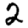
Digit: 2